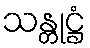
သန္တုဋ္ဌံ